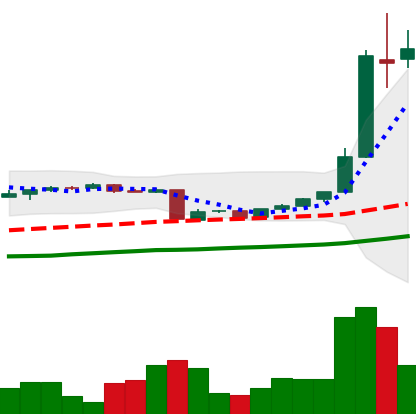
Ticker: BTC-USD
Chart end date: 2016-05-30
Forward return: 7.28%
Label: up_7plus